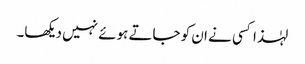
لہٰذا کسی نے ان کو جاتے ہوئے نہیں دیکھا۔